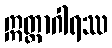
ဣတ္ထာဂါရဿ